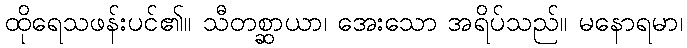
ထိုရေသဖန်းပင်၏။ သီတစ္ဆာယာ၊ အေးသော အရိပ်သည်။ မနောရမာ၊